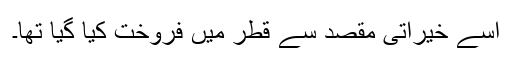
اسے خیراتی مقصد سے قطر میں فروخت کیا گیا تھا۔